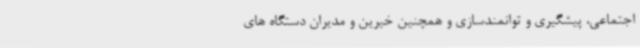
اجتماعی، پیشگیری و توانمندسازی و همچنین خیرین و مدیران دستگاه های